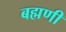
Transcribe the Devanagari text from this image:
बह्मणी